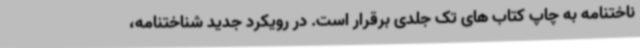
ناختنامه به چاپ کتاب های تک جلدی برقرار است. در رویکرد جدید شناختنامه،